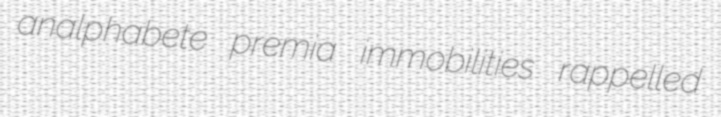
analphabete premia immobilities rappelled